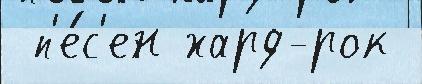
 п'е́с'ен хард-рок